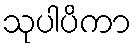
သုပါပိကာ